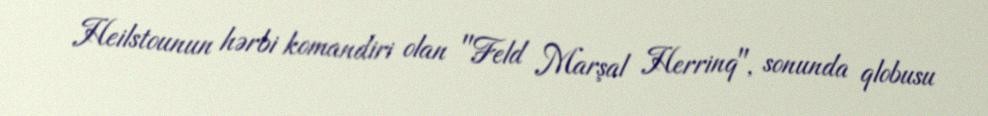
Heilstounun hərbi komandiri olan "Feld Marşal Herrinq", sonunda qlobusu